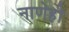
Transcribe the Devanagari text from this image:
नाणेही